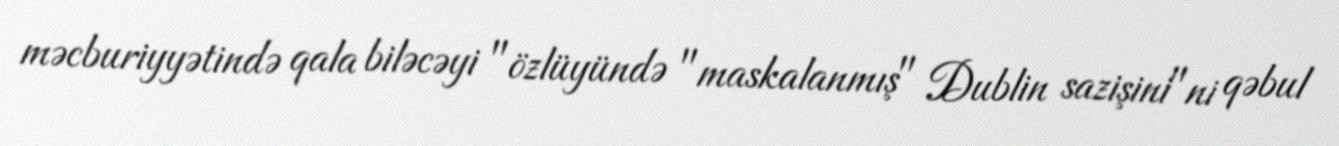
məcburiyyətində qala biləcəyi "özlüyündə "maskalanmış" Dublin sazişini"ni qəbul